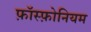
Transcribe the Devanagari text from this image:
फ़ॉस्फ़ोनियम